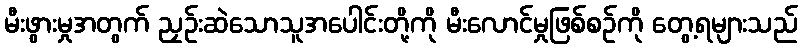
မီးဖွားမှုအတွက် ညှဉ်းဆဲသောသူအပေါင်းတို့ကို မီးလောင်မှုဖြစ်စဉ်ကို တွေ့ရများသည်